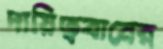
দায়িত্ববানের